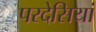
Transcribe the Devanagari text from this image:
परदेसियां